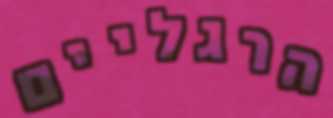
הרגליים